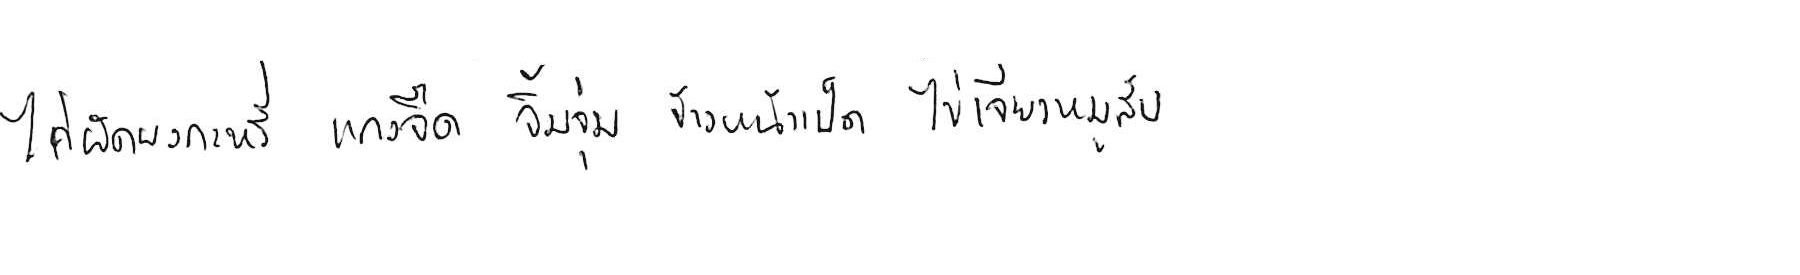
ไก่ผัดผงกะหรี่ แกงจืด จิ้มจุ่ม ข้าวหน้าเป็ด ไข่เจียวหมูสับ